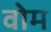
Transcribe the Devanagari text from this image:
वोम